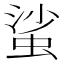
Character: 𧋊